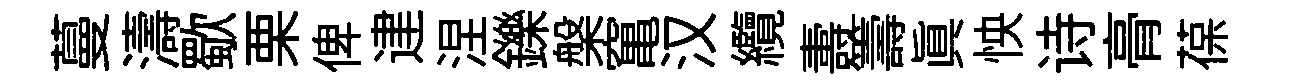
蔓濤歜栗俾䢖涅鑠槃𥧄汉纜夀籌真怏诗𮌔葆